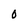
Character: 0